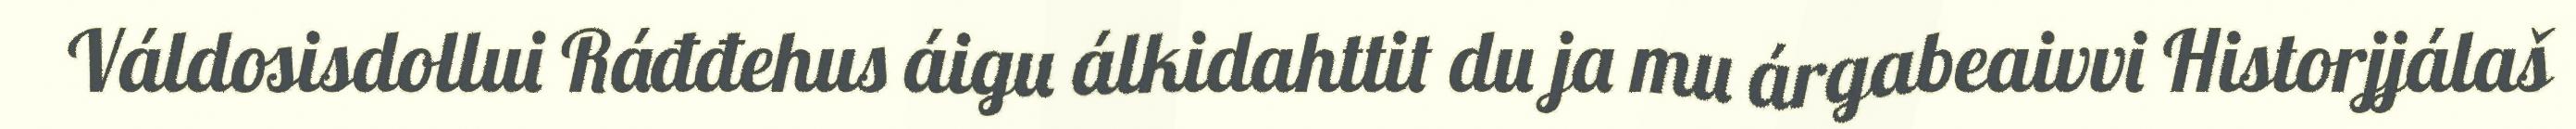
Váldosisdollui Ráđđehus áigu álkidahttit du ja mu árgabeaivvi Historjjálaš